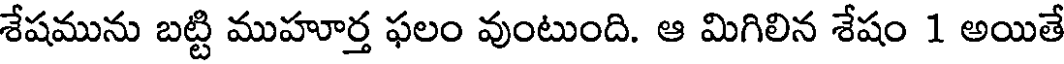
శేషమును బట్టి ముహూర్త ఫలం వుంటుంది. ఆ మిగిలిన శేషం 1 అయితే